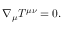
\nabla _ { \mu } T ^ { \mu \nu } = 0 .